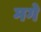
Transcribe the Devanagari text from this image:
मगे